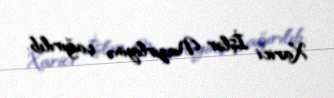
Xarici İşlər Nazirliyinə çağırılıb.